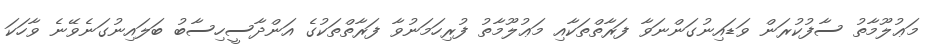
މަޢުލޫމާތު ސާފުކުރަން ވަޑައިނުގަންނަވާ ފަރާތްތަކާއި މަޢުލޫމާތު ފުރިހަމަނުވާ ފަރާތްތަކުގެ އަންދާސީހިސާބު ބަލައިނުގަނެވޭނެ ވާހަކަ